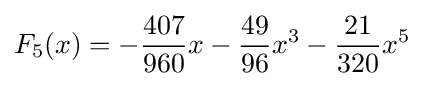
F_{5}(x)=-{\frac {407}{960}}x-{\frac {49}{96}}x^{3}-{\frac {21}{320}}x^{5}